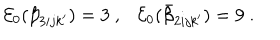
{ \cal E } _ { 0 } ( \beta _ { 3 i j k ^ { \prime } } ) = 3 ~ , { \cal E } _ { 0 } ( \bar { \beta } _ { 2 i j k ^ { \prime } } ) = 9 ~ .